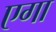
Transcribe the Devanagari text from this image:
एगा